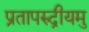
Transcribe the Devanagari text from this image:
प्रतापरुद्रीयमु